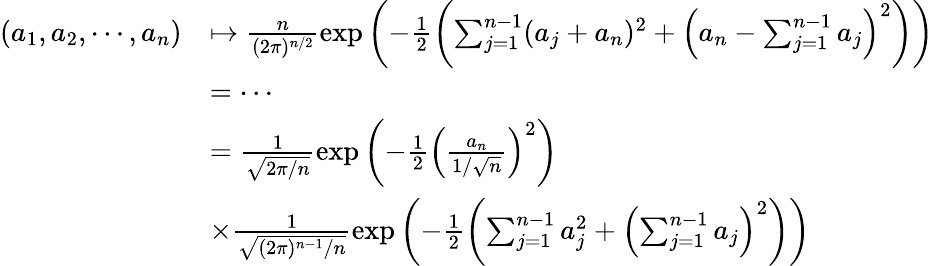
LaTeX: \begin{array}{rl}{(a_{1},a_{2},\cdots,a_{n})}&{\mapsto\frac{n}{(2\pi)^{n/2}}\exp\left(-\frac{1}{2}\left(\sum_{j=1}^{n-1}(a_{j}+a_{n})^{2}+\left(a_{n}-\sum_{j=1}^{n-1}a_{j}\right)^{2}\right)\right)}\\ &{=\cdots}\\ &{=\frac{1}{\sqrt{2\pi/n}}\exp\left(-\frac{1}{2}\left(\frac{a_{n}}{1/\sqrt{n}}\right)^{2}\right)}\\ &{\times\frac{1}{\sqrt{(2\pi)^{n-1}/n}}\exp\left(-\frac{1}{2}\left(\sum_{j=1}^{n-1}a_{j}^{2}+\left(\sum_{j=1}^{n-1}a_{j}\right)^{2}\right)\right)}\end{array}